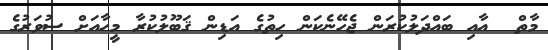
މާތް  އާއި ބައްދަލުކުރަން ޖެހޭނެކަން ހިތުގެ އަޑިން ޤަބޫލުކުރާ މީހާއަށް ސުވަރުގެ